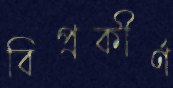
বিপ্রকীর্ণ